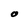
Character: O